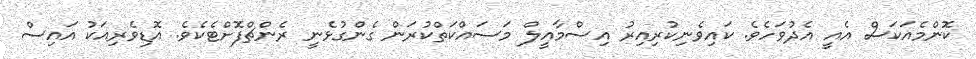
ކޮންމެއަކަސް އެއީ އެދުވަހެވެ. ކައިވެނިކުރިއިރު އިސްމާއީލް މަސައްކަތްކުރަން ގެންގުޅެނީ ރެންޗްފޮށްޓެކެވެ. އޮޑިވެރިއަކު އައިސް